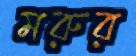
মরুর